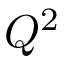
Q ^ { 2 }